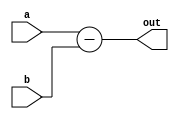
`timescale 1ns / 1ps
//////////////////////////////////////////////////////////////////////////////////
// Company: 
// Engineer: 
// 
// Design Name: 
// Module Name: subtractor
// Project Name: 
// Target Devices: 
// Tool Versions: 
// Description: 
// 
// Dependencies: 
// 
// Revision:
// Revision 0.01 - File Created
// Additional Comments:
// 
//////////////////////////////////////////////////////////////////////////////////


module subtractor(input[4:0] a,b,
output[4:0] out
);
assign out=a-b;

endmodule